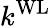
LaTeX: k^{\mathrm{WL}}